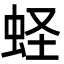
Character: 蛏